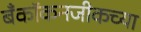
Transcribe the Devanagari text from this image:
बँकॉकनजीकच्या